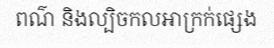
ពណ៌ និងល្បិចកលអាក្រក់ផ្សេង